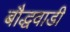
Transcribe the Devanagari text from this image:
बौद्धवाडी